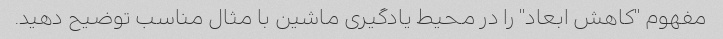
مفهوم "کاهش ابعاد" را در محیط یادگیری ماشین با مثال مناسب توضیح دهید.